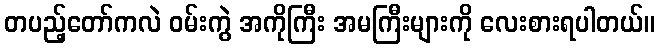
တပည့်တော်ကလဲ ဝမ်းကွဲ အကိုကြီး အမကြီးများကို လေးစားရပါတယ်။